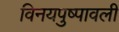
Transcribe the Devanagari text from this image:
विनयपुष्पावली